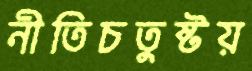
নীতিচতুষ্টয়